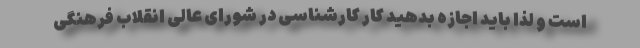
است و لذا باید اجازه بدهید کار کارشناسی در شورای عالی انقلاب فرهنگی